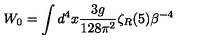
W _ { 0 } = \int d ^ { 4 } x { \frac { 3 g } { 1 2 8 \pi ^ { 2 } } } \zeta _ { R } ( 5 ) \beta ^ { - 4 }